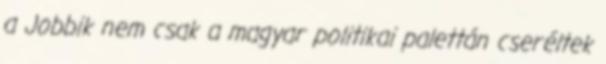
a Jobbik nem csak a magyar politikai palettán cseréltek